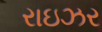
રાઇઝર